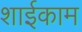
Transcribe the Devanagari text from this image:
शाईकाम